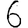
Digit: 6